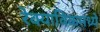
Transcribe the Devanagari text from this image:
रेक्याविकमध्ये